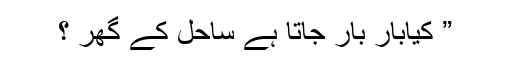
” کیابار بار جاتا ہے ساحل کے گھر ؟